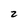
Character: 2